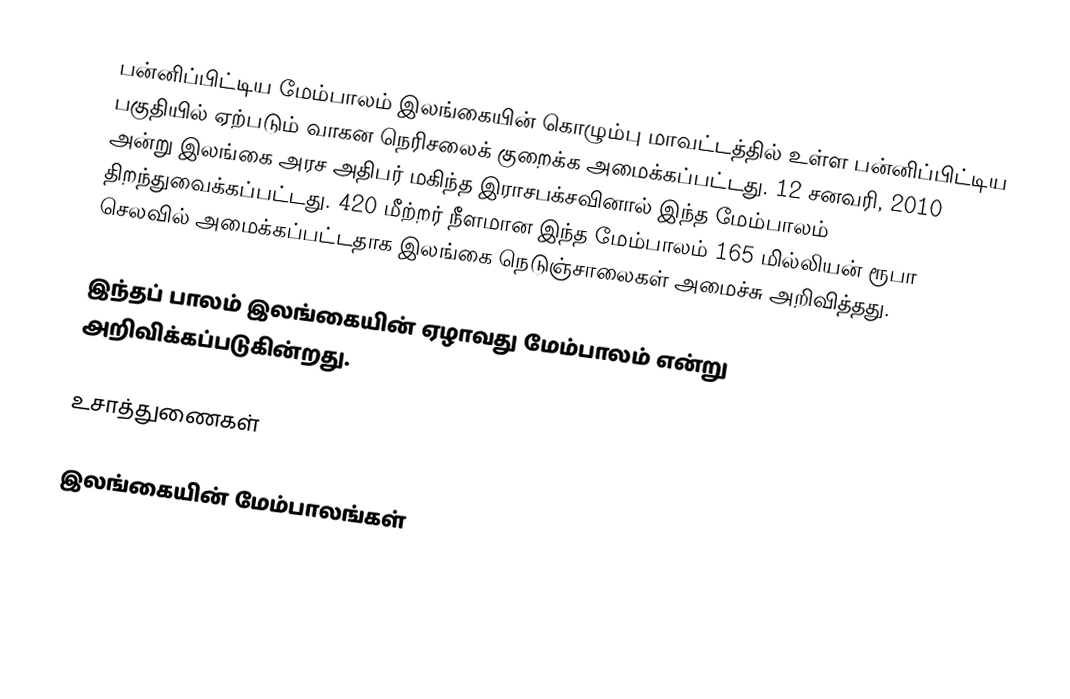
பன்னிப்பிட்டிய மேம்பாலம் இலங்கையின் கொழும்பு மாவட்டத்தில் உள்ள பன்னிப்பிட்டிய பகுதியில் ஏற்படும் வாகன நெரிசலைக் குறைக்க அமைக்கப்பட்டது. 12 சனவரி, 2010 அன்று இலங்கை அரச அதிபர் மகிந்த இராசபக்சவினால் இந்த மேம்பாலம் திறந்துவைக்கப்பட்டது. 420 மீற்றர் நீளமான இந்த மேம்பாலம் 165 மில்லியன் ரூபா செலவில் அமைக்கப்பட்டதாக இலங்கை நெடுஞ்சாலைகள் அமைச்சு அறிவித்தது.

இந்தப் பாலம் இலங்கையின் ஏழாவது மேம்பாலம் என்று அறிவிக்கப்படுகின்றது.

உசாத்துணைகள்

இலங்கையின் மேம்பாலங்கள்